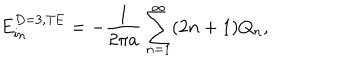
LaTeX: E _ { \mathrm { i n } } ^ { D = 3 , \mathrm { T E } } = - { \frac { 1 } { 2 \pi a } } \sum _ { n = 1 } ^ { \infty } ( 2 n + 1 ) Q _ { n } ,